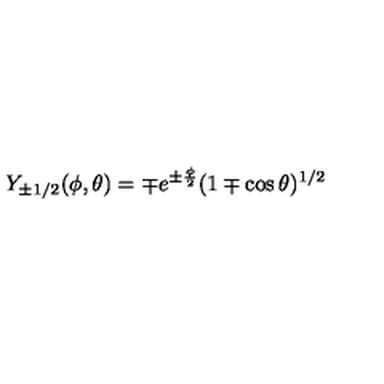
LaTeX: Y _ { \pm 1 / 2 } ( \phi , \theta ) = \mp e ^ { \pm \frac { \phi } { 2 } } ( 1 \mp \cos \theta ) ^ { 1 / 2 }